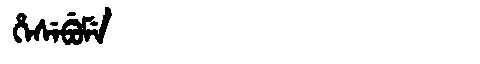
Manchu: ᡥᡝᠰᡝᠪᡠᠮᡝ
Romanization: HESEBUME